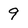
Character: 9